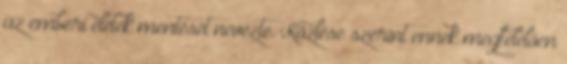
az emberi életek mentését nevezte. Közlése szerint ennek megfelelően